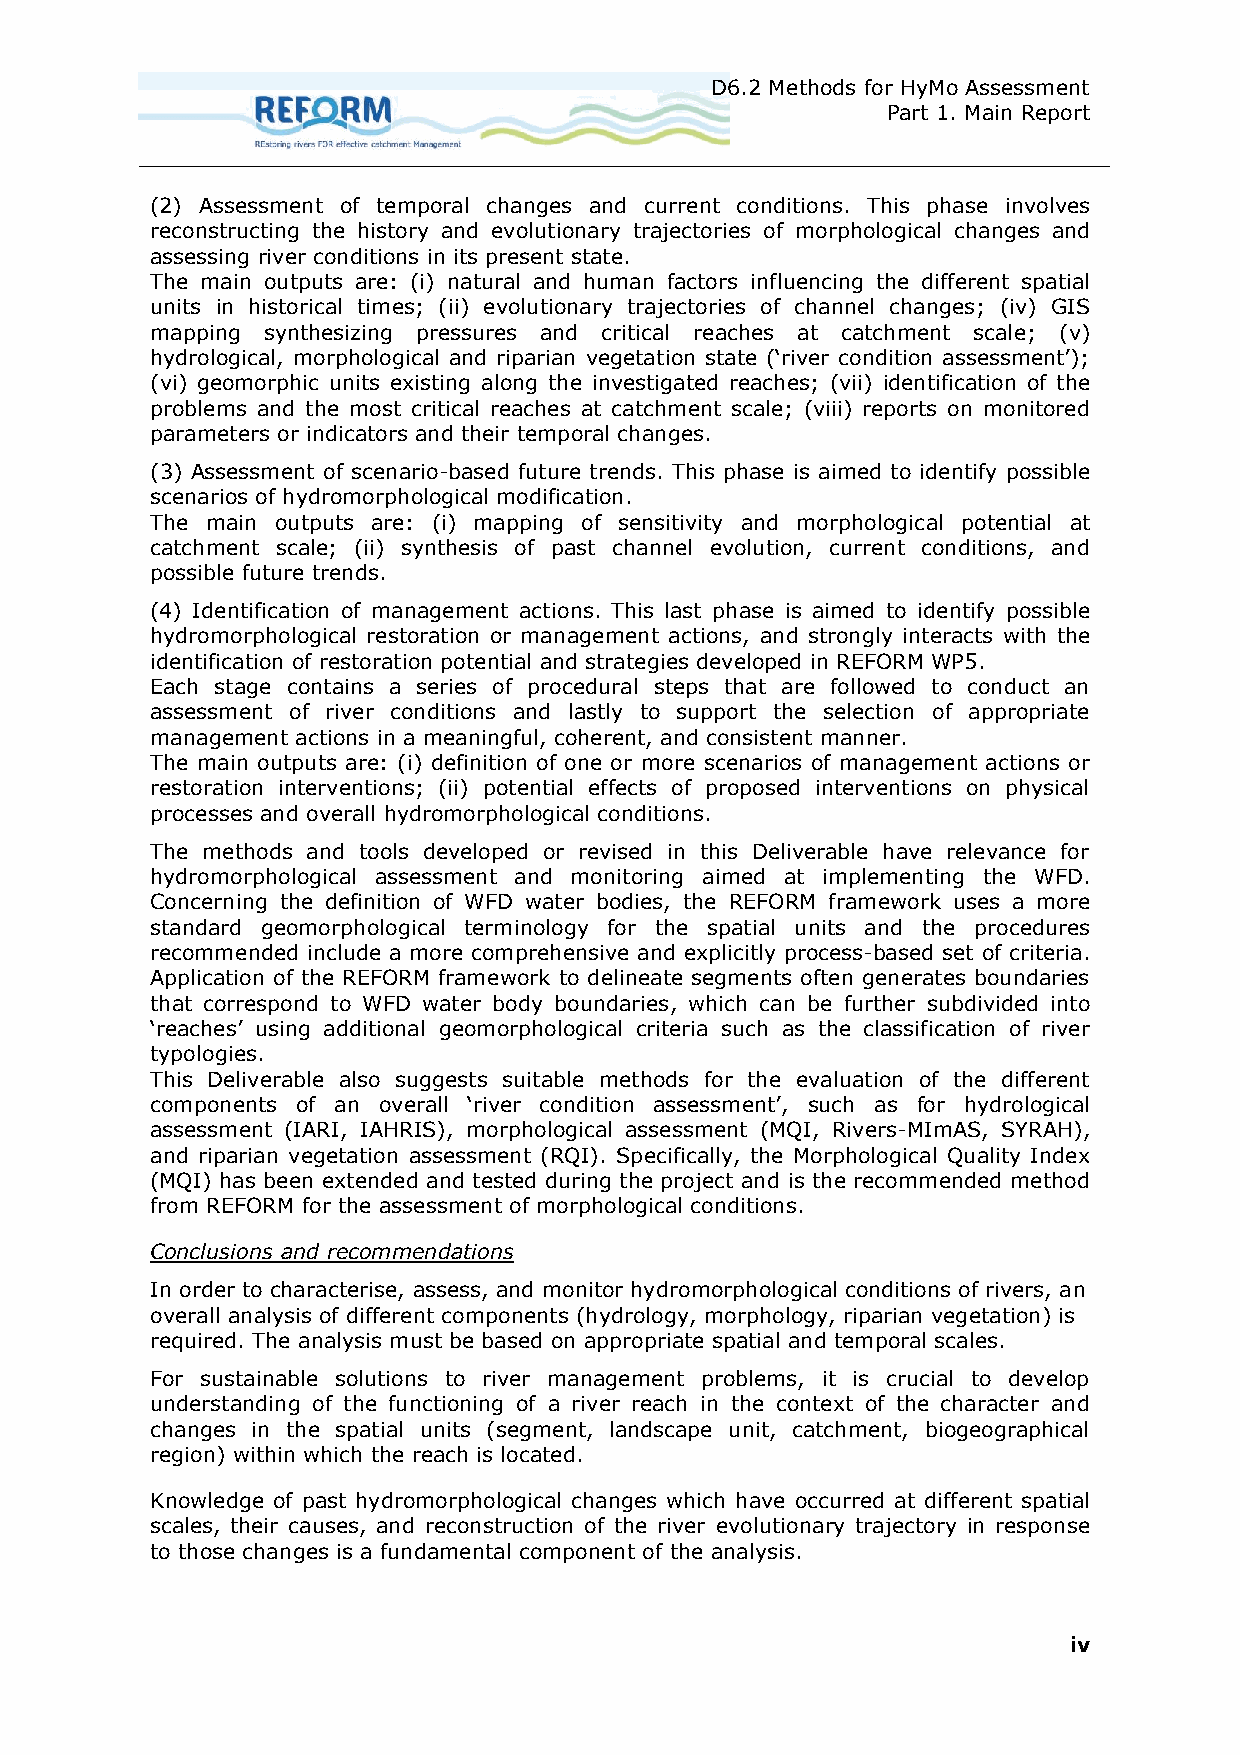
D6.2 Methods for HyMo Assessment
 Part 1. Main Report
 (2) Assessment of temporal changes and current conditions. This phase involves
 reconstructing the history and evolutionary trajectories of morphological changes and
 assessing river conditions in its present state.
 The main outputs are: (i) natural and human factors influencing the different spatial
 units in historical times; (ii) evolutionary trajectories of channel changes; (iv) GIS
 mapping synthesizing pressures and critical reaches at catchment scale; (v)
 hydrological, morphological and riparian vegetation state (‘river condition assessment’);
 (vi) geomorphic units existing along the investigated reaches; (vii) identification of the
 problems and the most critical reaches at catchment scale; (viii) reports on monitored
 parameters or indicators and their temporal changes.
 (3) Assessment of scenario-based future trends. This phase is aimed to identify possible
 scenarios of hydromorphological modification.
 The main outputs are: (i) mapping of sensitivity and morphological potential at
 catchment scale; (ii) synthesis of past channel evolution, current conditions, and
 possible future trends.
 (4) Identification of management actions. This last phase is aimed to identify possible
 hydromorphological restoration or management actions, and strongly interacts with the
 identification of restoration potential and strategies developed in REFORM WP5.
 Each stage contains a series of procedural steps that are followed to conduct an
 assessment of river conditions and lastly to support the selection of appropriate
 management actions in a meaningful, coherent, and consistent manner.
 The main outputs are: (i) definition of one or more scenarios of management actions or
 restoration interventions; (ii) potential effects of proposed interventions on physical
 processes and overall hydromorphological conditions.
 The methods and tools developed or revised in this Deliverable have relevance for
 hydromorphological assessment and monitoring aimed at implementing the WFD.
 Concerning the definition of WFD water bodies, the REFORM framework uses a more
 standard geomorphological terminology for the spatial units and the procedures
 recommended include a more comprehensive and explicitly process-based set of criteria.
 Application of the REFORM framework to delineate segments often generates boundaries
 that correspond to WFD water body boundaries, which can be further subdivided into
 ‘reaches’ using additional geomorphological criteria such as the classification of river
 typologies.
 This Deliverable also suggests suitable methods for the evaluation of the different
 components of an overall ‘river condition assessment’, such as for hydrological
 assessment (IARI, IAHRIS), morphological assessment (MQI, Rivers-MImAS, SYRAH),
 and riparian vegetation assessment (RQI). Specifically, the Morphological Quality Index
 (MQI) has been extended and tested during the project and is the recommended method
 from REFORM for the assessment of morphological conditions.
 Conclusions and recommendations
 In order to characterise, assess, and monitor hydromorphological conditions of rivers, an
 overall analysis of different components (hydrology, morphology, riparian vegetation) is
 required. The analysis must be based on appropriate spatial and temporal scales.
 For sustainable solutions to river management problems, it is crucial to develop
 understanding of the functioning of a river reach in the context of the character and
 changes in the spatial units (segment, landscape unit, catchment, biogeographical
 region) within which the reach is located.
 Knowledge of past hydromorphological changes which have occurred at different spatial
 scales, their causes, and reconstruction of the river evolutionary trajectory in response
 to those changes is a fundamental component of the analysis.
 iv